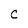
Character: C